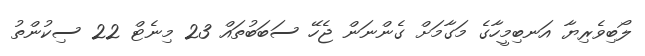
ލޯބިވެރިޔާ އަނބިމީހާގެ މަގާމަށް ގެންނަން ޖެހޭ ސަބަބުތައް 23 މިނެޓް 22 ސިކުންތު